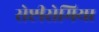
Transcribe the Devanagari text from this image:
सेप्टीसेमिया